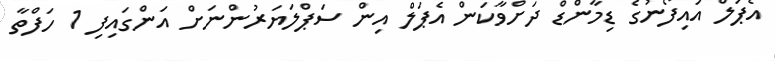
އެޕަލް އައިފޯނުގެ ޑިމާންޑް ދަށްވާކަން އެޕަލް އިން ސަޕްލަޔަރުންނަށް އަންގައިފި 1 ހަފްތާ